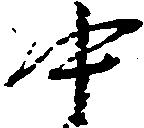
中